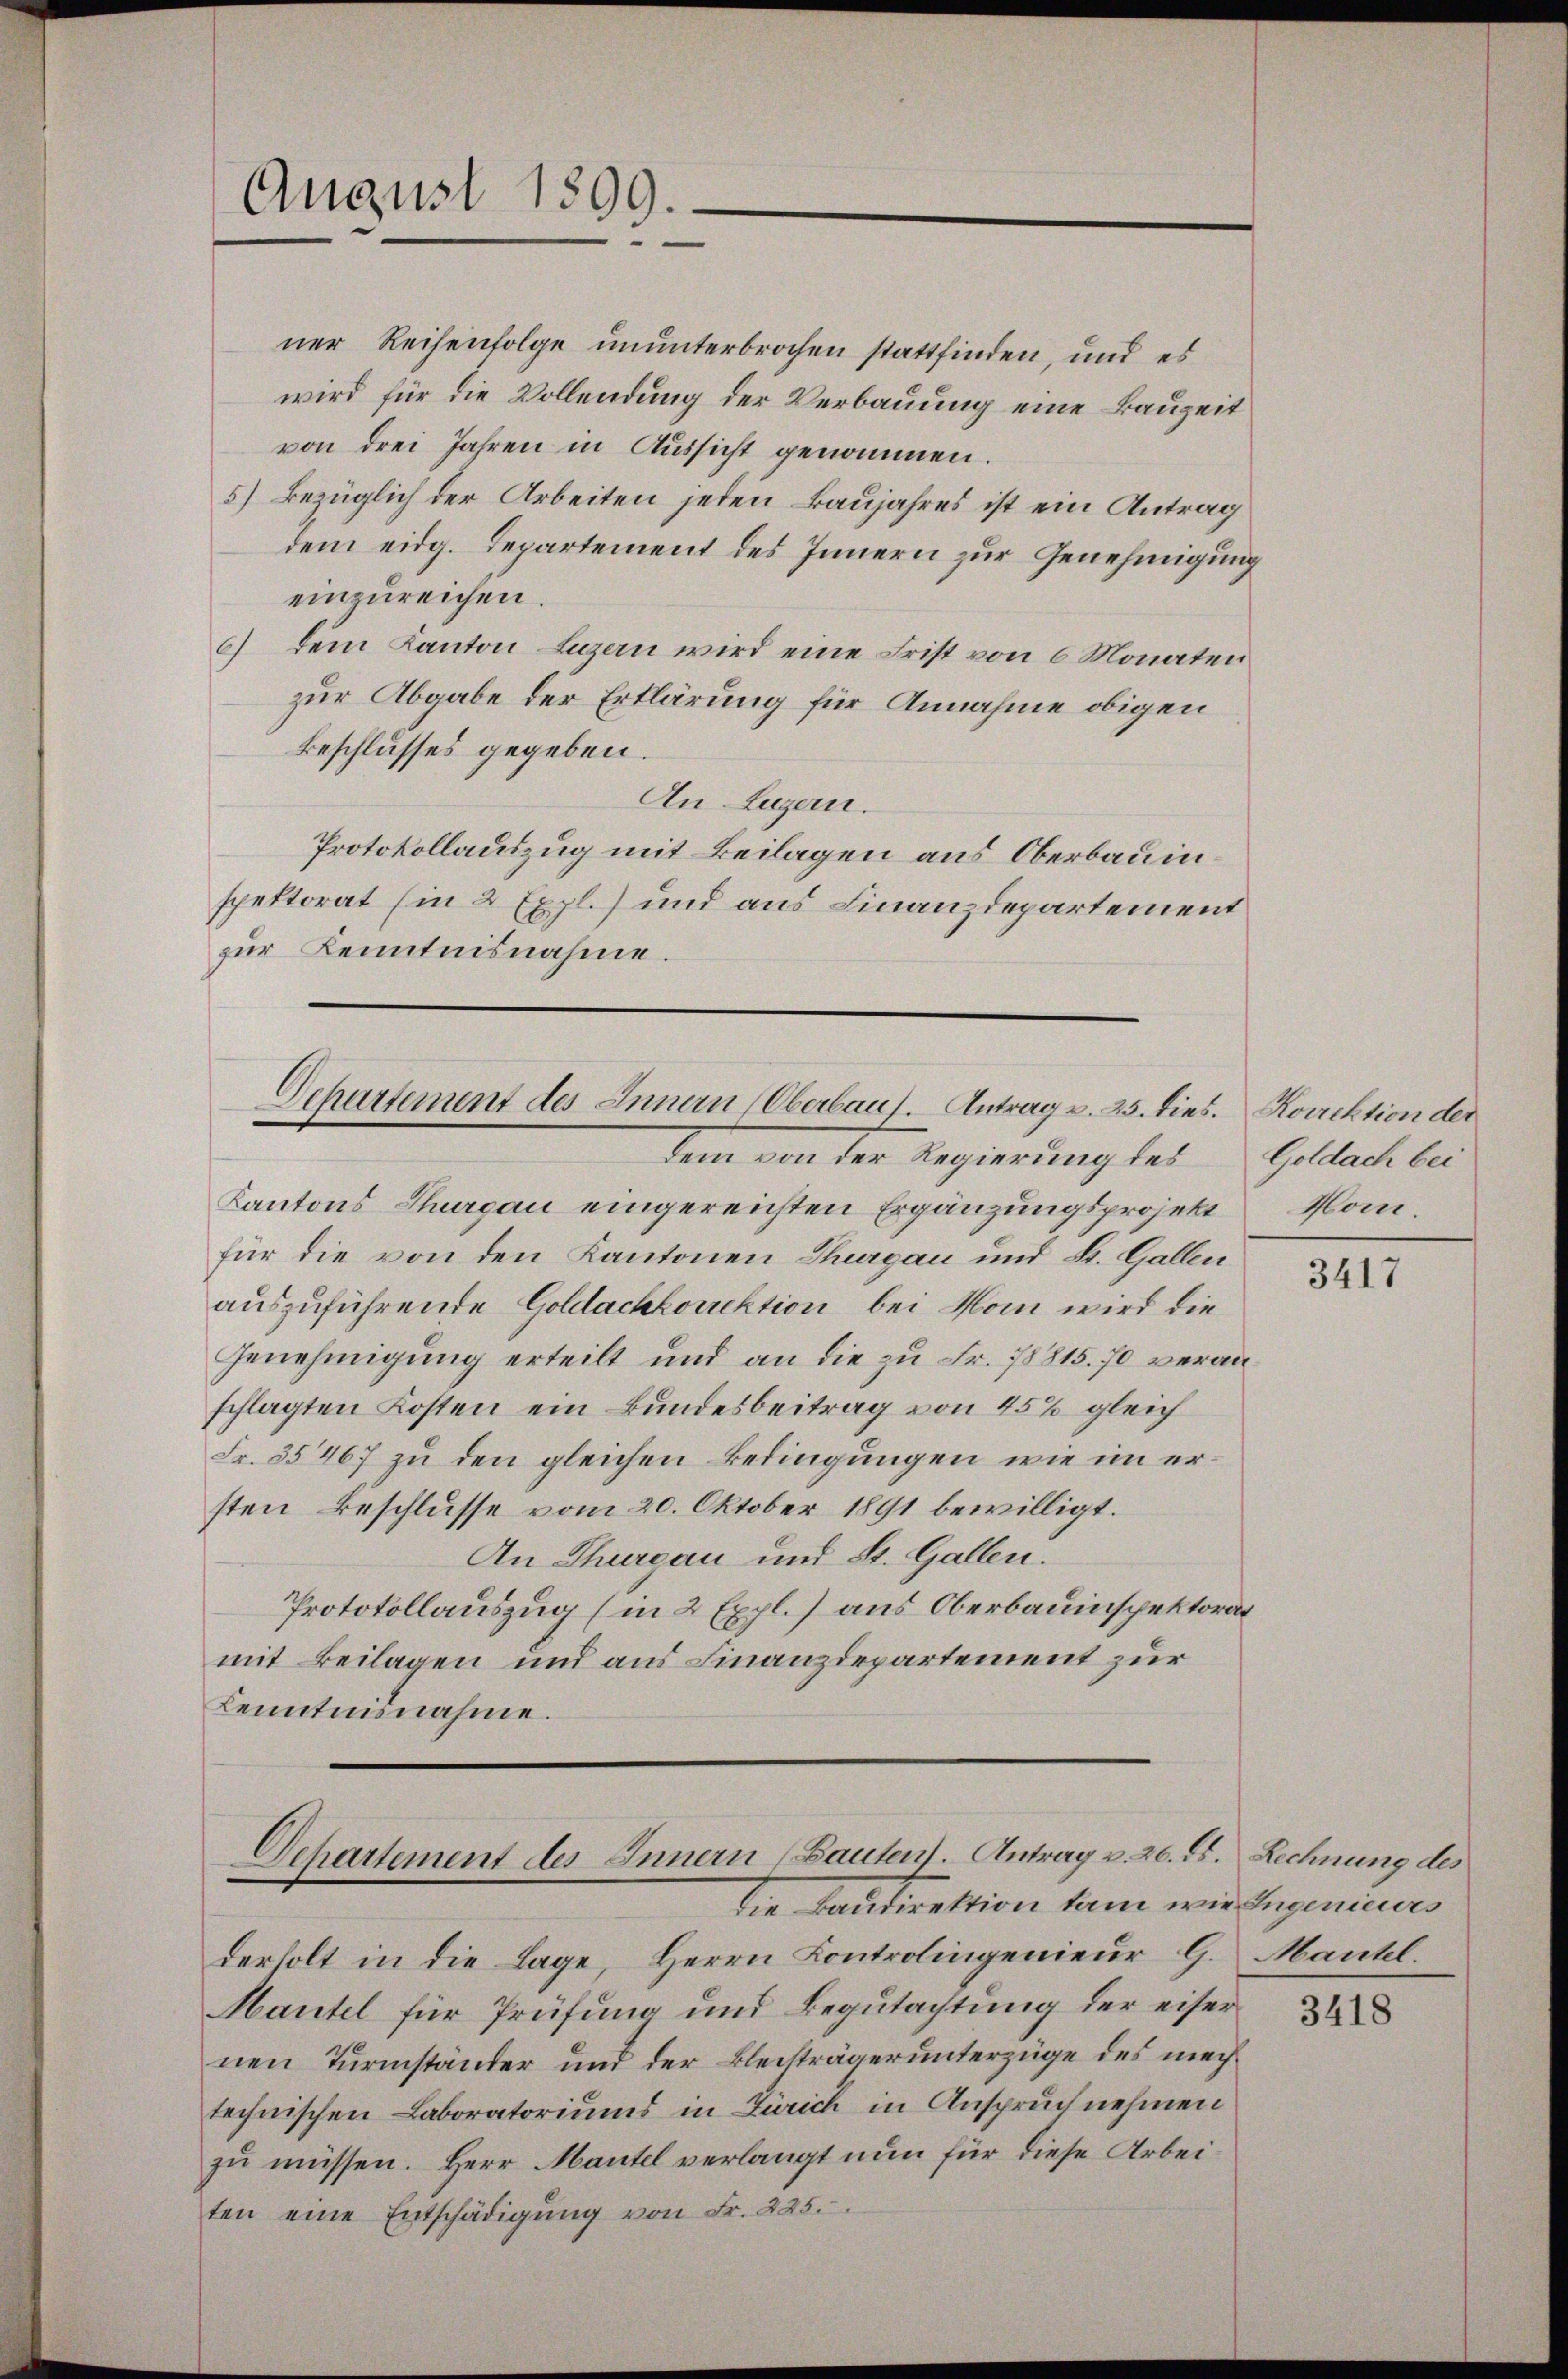
August 1899.

ner Reihenfolge ununterbrochen stattfinden, und es
wird für die Vollendung der Verbauung eine Bauzeit
von drei Jahren in Aussicht genommen.
5) Bezüglich der Arbeiten jeden kaujahres ist ein Antrag
dem eidg. Departement des Innern zur Genehmigung
einzureichen.
6) dem Kanton Luzern wird eine Frist von 6 Monaten
zur Abgabe der Erklärung für Annahme obigen
Beschlusses gegeben.
An Luzern.
Protokollauszug mit Beilagen aus Oberbauinspektorat (in 2 Expl.) und aus Finanzdepartement
zur Kenntnisnahme.

Departement des Innern (Oberbaus. Antrag u. 25. dies.
dem von der Regierung bei

Departement des Innern (Bauten. Antrag v. 20. ds. Rechnung des
die Landirektion kam wir Ingenieurs

Kantons Thurgau eingereichten Ergänzungsprojekt
für die von den Kantonen Thurgau und St. Gallen
auszuführende Goldachkorrektion bei Mom wird die
Genehmigung erteilt und an die zu Fr. 78815. 70 veranschlagten Kosten ein Bundesbeitrag von 45% gleich
Fr. 35467 zu den gleichen Bedingungen wie im ersten Beschlusse vom 20. Oktober 1891 bewilligt.
An Thurgau und St. Gallen.
Protokollauszug (in 2 Expl.) aus Oberbauinspektorat
mit Beilagen und aus Finanzdepartement zur
Kenntnisnahme.

derholt in die Lage, Herrn Kontrolingenieur G. Mantel.
Mantel für Prüfung und Begutachtung der eiser
nen Turmständer und der Bleisträger unterzüge des machtechnischen Laboratoriums in Zürich in Anspruch nehmen
zu müssen. Herr Mantel verlangt nun für diese Arbeiten eine Entschädigŭng von Fr. 225.

Koirektion der
Goldach bei
Kom

3417

3418